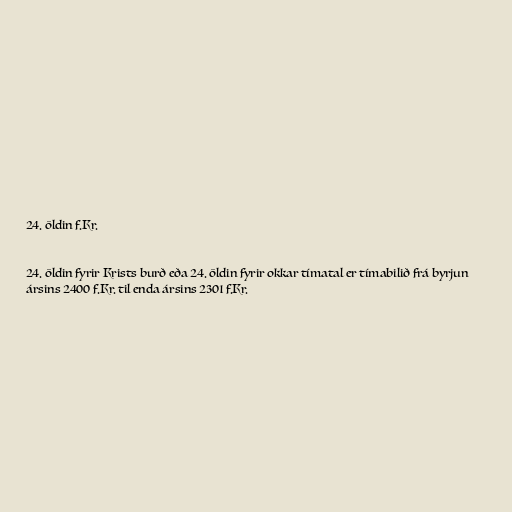
24. öldin f.Kr.

24. öldin fyrir Krists burð eða 24. öldin fyrir okkar tímatal er tímabilið frá byrjun
ársins 2400 f.Kr. til enda ársins 2301 f.Kr.